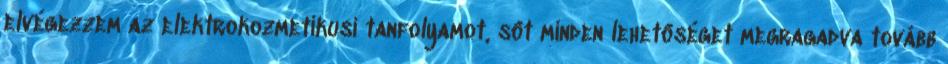
elvégezzem az elektrokozmetikusi tanfolyamot, sôt minden lehetôséget megragadva tovább